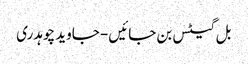
بل گیٹس بن جائیں- جاوید چوہدری